Medical and sanitary report of the native army of Bengal for the year
Year: 1878
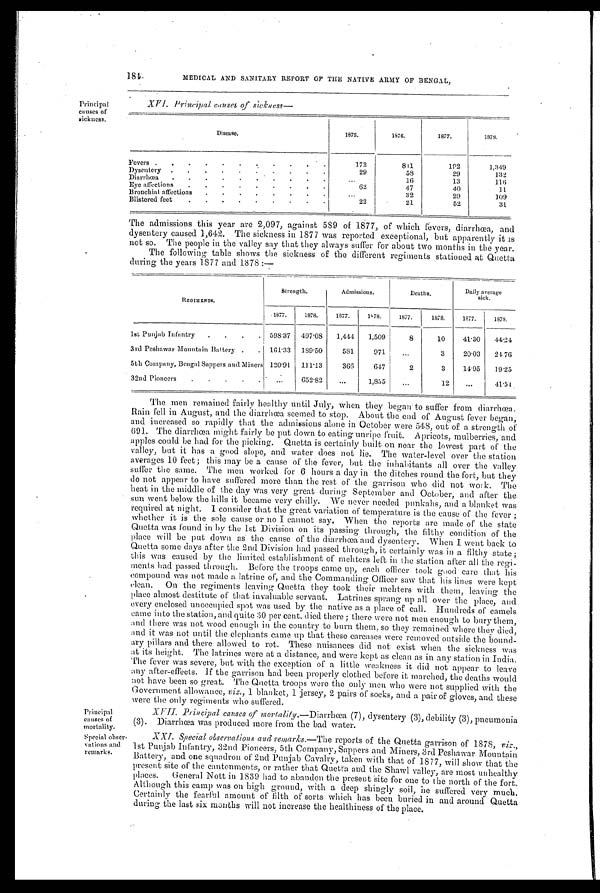
184
MEDICAL AND SANITARY REPORT OF THE NATIVE ARMY OF BENGAL,
Principal
causes of
sickness.
XVI. Principal causes of sickness
Disease.
1875.
1876.
1877.
1873.
Fevers
. . .
.
.
.
.
.
.
172
811
102
1,349
Dysentery . . . . . . . . . .
29
58
29
132
Diarrhœa . . . . . . . . . . .
...
16
13
1 1 6
Eye affections . . . . . . . . .
62
47
40
11
Bronchial affections . . . . . . .
. . .
32
29
109
Blistered feet . . . . . . . .
22
21
52
31
The admissions this year are 2,097, against 589 of 1877, of which fevers, diarrhœa, and
dysentery caused 1,642. The sickness in 1877 was reported exceptional, but apparently it is
not so. The people in the valley say that they always suffer for about two months in the year.
The following table shows the sickness of the different regiments stationed at Quetta
during the years 1877 and 1878 :—
R E G I M E N T S .
Strength.
Admissions.
Deaths.
Daily average
sick.
1877. 1878. 1877. 1878. 1877.
1878. 1877. 1878.
1st Punjab Infantry . . . .
598.37 497.08 1,444 1,509
8
10 41.30 44.21
3rd Peshawar Mountain Battery . . 161.33 189.50 581 971 ...
3 20.03 21 76
5th Company, Bengal Sappers and Miners 120.91 111.13
366
647
2
3 14.95 19.25
32nd Pioneers . . . . .
... 652.82 ...
1,815 . . .
12 ...
41.54
Principal
causes of
mortality.
Special obser-
vations and
remarks.
The men remained fairly healthy until July, when they began to suffer from diarrhœa.
Rain fell in August, and the diarrhœa seemed to stop. About the end of August fever began,
and increased so rapidly that the admissions alone in October were 548, out of a strength of
691. The diarrhœa night fairly be put down to eating unripe fruit. _Apricots, mulberries, and
apples could be had for the picking. Quetta is certainly built on near the lowest part of the
valley, but it has a good slope, and water does not lie. The water-level over the station
averages 10 feet; this may be a cause of the fever, but the inhabitants all over the valley
suffer the same. The men worked for 6 hours a day in the ditches round the fort, but they
do not appear to have suffered more than the rest of the garrison who did not work. The
heat in the middle of the day was very great during September and October, and after the
sun went below the hills it became very chilly. We never needed punkahs, and a blanket was
required at night. I consider that the great variation of temperature is the cause of the fever ;
whether it is the sole cause or no I cannot say. When the reports are made of the state
Quetta seas found in by the 1st Division on its passing, through, the filthy condition of the
place will be put down as the cause of the diarrhoea and dysentery. When I went back to
Quetta some days after the 2nd Division had passed through, it certainly was in a filthy state;
this was caused by the limited establishment of mehters left in the station after all the regi-
ments had passed through. Before the troops came up, each officer took good care that his
compound was not made a latrine of, and the Commanding Officer saw that his lines were kept
clean. On the regiments leaving Quetta they took their mehters with them, leaving the
place almost destitute of that invaluable servant. Latrines sprang up all over the place, and
every enclosed unoccupied spot was used. by the native as a place of call. Hundreds of camels
came into the station, and quite 30 per cent. died there ; there were not men enough to bury them,
and there was not wood enough in the country to burn them, so they remained where they died,
and it was not until the elephants came up that these carcases were removed outside the bound-
ary pillars and there allowed to rot. These nuisances did not exist when the sickness was
at its height. The latrines were at a distance, and were kept as clean as in any station in India.
The fever was severe, but with the exception of a little weakness it did not appear to leave
my after-effects. If the garrison had been properly clothed before it marched, the deaths would
not have been so great. The Quetta troops were the only men who were not supplied with the
Government allowance, viz., 1 blanket, 1 jersey, 2 pairs of socks, and. a pair of gloves, and. these
were the only regiments who suffered.
XVII. Principal causes of mortality .—Diarrhœa (7), dysentery (3), debility (3), pneumonia
(3). Diarrhœa was produced more from the bad water.
XXI. Special obsercations and remarks.— The reports of the Quetta garrison of 1878, viz.,
1st Punjab Infantry, 32nd Pioneers, 5th. Company, Sappers and Miners, 3rd Peshawar Mountain
Battery, and one squadron of 2nd Punjab Cavalry, taken with that of 1877, will show that the
present site of the cantonments, or rather that Quetta and the Shawl valley, are most unhealthy
places. General Nott in 1839 had to abandon the present Site for one to the north of the fort.
Although this camp was on high ground, with a deep shingly soil, he suffered very much.
Certainly the fearful amount of filth of sorts which has been buried in and around Quetta
during the last six months will not increase the healthiness of the place.